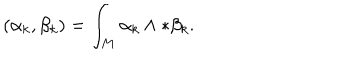
LaTeX: ( \alpha _ { k } , \beta _ { k } ) = \int _ { M } \alpha _ { k } \wedge * \beta _ { k } .